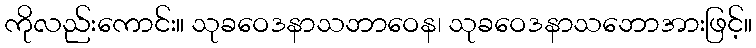
ကိုလည်းကောင်း။ သုခဝေဒနာသဘာဝေန၊ သုခဝေဒနာသဘောအားဖြင့်။